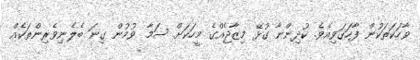
ވާހަކަތަކުން ފާހަގަވިއެވެ. ކުދިންނާ ގުޅޭ މިޒާޖެއްގެ މީހަކަށް ސަމާ ވުމުން ގިނަ ބެލެނިވެރިންތަކެއް